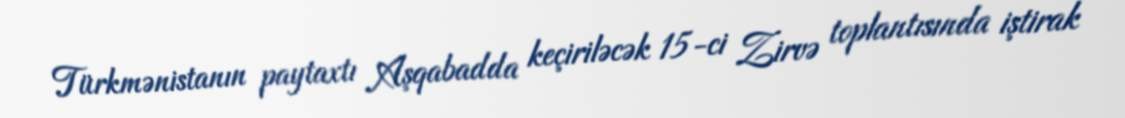
Türkmənistanın paytaxtı Aşqabadda keçiriləcək 15-ci Zirvə toplantısında iştirak